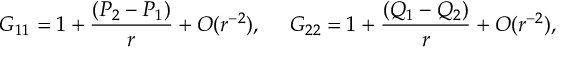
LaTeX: G _ { 1 1 } = 1 + { \frac { ( P _ { 2 } - P _ { 1 } ) } { r } } + { \cal O } ( r ^ { - 2 } ) , \ \ \ \ G _ { 2 2 } = 1 + { \frac { ( Q _ { 1 } - Q _ { 2 } ) } { r } } + { \cal O } ( r ^ { - 2 } ) ,